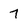
Character: 7